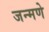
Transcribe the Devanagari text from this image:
जन्मणे